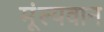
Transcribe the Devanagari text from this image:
मूंल्‍यवान